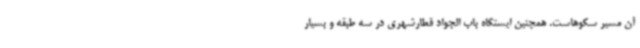
آن مسیر سکوهاست. همچنین ایستگاه باب الجواد قطارشهری در سه طبقه و بسیار